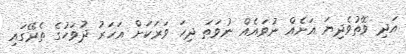
އަދި ވޭތުވެދިޔަ އަށެއް ނުވައެއް ނުވަތަ ދިހަ ވަރަކަށް އަހަރު ދުވަހުގެ ތެރޭގައި